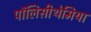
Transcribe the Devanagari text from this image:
पॉलिसीथेमिया